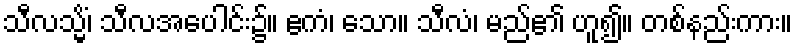
သီလသ္မိံ၊ သီလအပေါင်း၌။ ဧကံ၊ သော။ သီလံ၊ မည်၏ ဟူ၍။ တစ်နည်းကား။